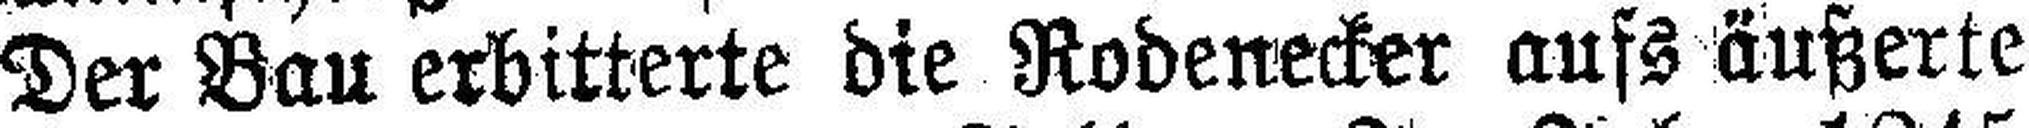
Der Bau erbitterte die Rodenecker aufs äußerte